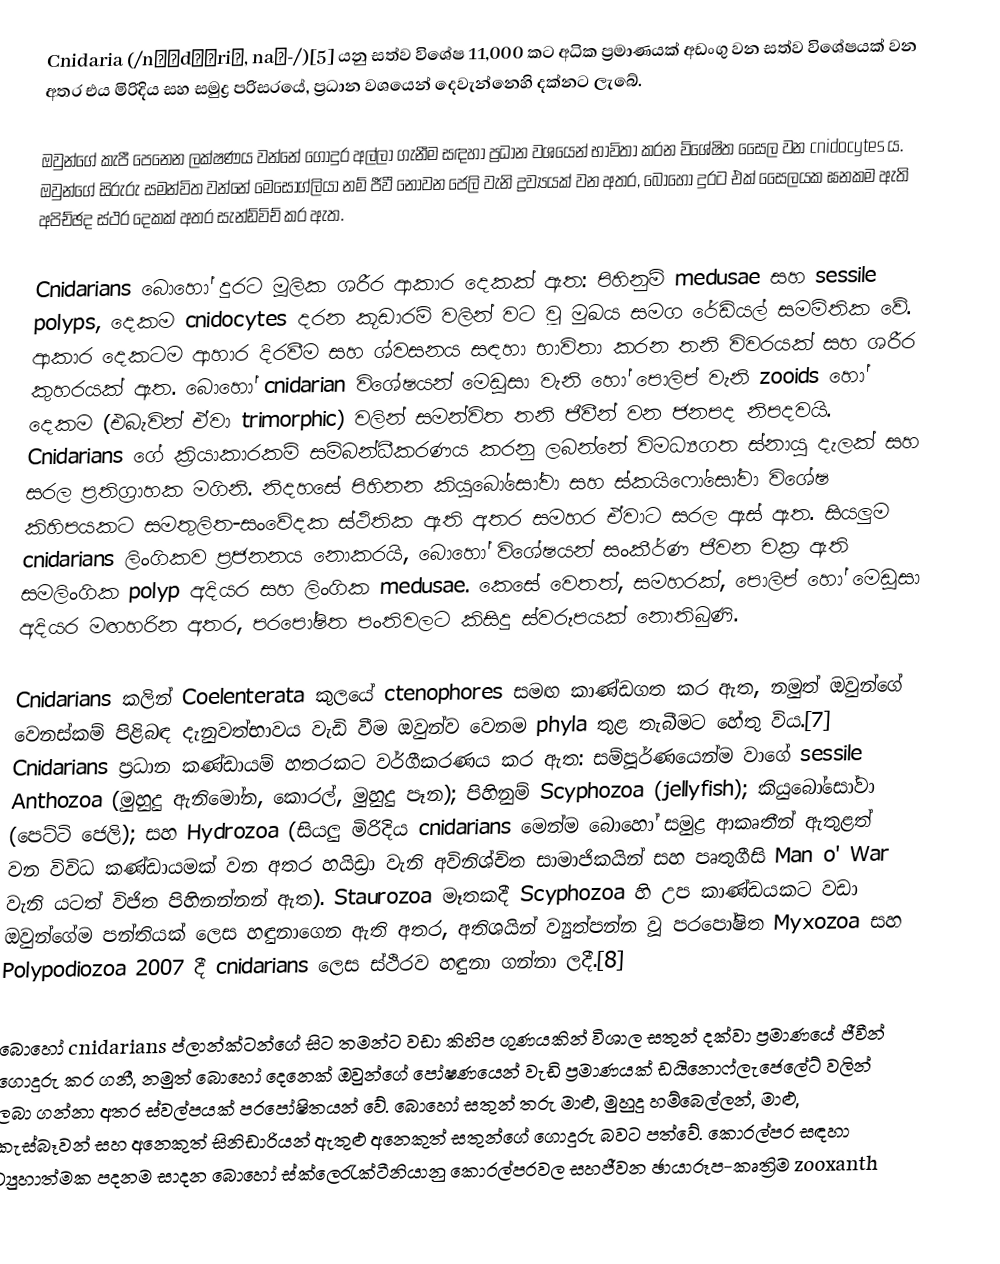
Cnidaria (/nɪˈdɛəriə, naɪ-/)[5] යනු සත්ව විශේෂ 11,000 කට අධික ප්‍රමාණයක් අඩංගු වන සත්ව විශේෂයක් වන අතර එය මිරිදිය සහ සමුද්‍ර පරිසරයේ, ප්‍රධාන වශයෙන් දෙවැන්නෙහි දක්නට ලැබේ.

ඔවුන්ගේ කැපී පෙනෙන ලක්ෂණය වන්නේ ගොදුර අල්ලා ගැනීම සඳහා ප්‍රධාන වශයෙන් භාවිතා කරන විශේෂිත සෛල වන cnidocytes ය. ඔවුන්ගේ සිරුරු සමන්විත වන්නේ මෙසොග්ලියා නම් ජීවී නොවන ජෙලි වැනි ද්‍රව්‍යයක් වන අතර, බොහෝ දුරට එක් සෛලයක ඝනකම ඇති අපිච්ඡද ස්ථර දෙකක් අතර සැන්ඩ්විච් කර ඇත.

Cnidarians බොහෝ දුරට මූලික ශරීර ආකාර දෙකක් ඇත: පිහිනුම් medusae සහ sessile polyps, දෙකම cnidocytes දරන කූඩාරම් වලින් වට වූ මුඛය සමග රේඩියල් සමමිතික වේ. ආකාර දෙකටම ආහාර දිරවීම සහ ශ්වසනය සඳහා භාවිතා කරන තනි විවරයක් සහ ශරීර කුහරයක් ඇත. බොහෝ cnidarian විශේෂයන් මෙඩූසා වැනි හෝ පොලිප් වැනි zooids හෝ දෙකම (එබැවින් ඒවා trimorphic) වලින් සමන්විත තනි ජීවීන් වන ජනපද නිපදවයි. Cnidarians ගේ ක්‍රියාකාරකම් සම්බන්ධීකරණය කරනු ලබන්නේ විමධ්‍යගත ස්නායු දැලක් සහ සරල ප්‍රතිග්‍රාහක මගිනි. නිදහසේ පිහිනන කියුබෝසෝවා සහ ස්කයිෆෝසෝවා විශේෂ කිහිපයකට සමතුලිත-සංවේදක ස්ථිතික ඇති අතර සමහර ඒවාට සරල ඇස් ඇත. සියලුම cnidarians ලිංගිකව ප්‍රජනනය නොකරයි, බොහෝ විශේෂයන් සංකීර්ණ ජීවන චක්‍ර ඇති සමලිංගික polyp අදියර සහ ලිංගික medusae. කෙසේ වෙතත්, සමහරක්, පොලිප් හෝ මෙඩූසා අදියර මඟහරින අතර, පරපෝෂිත පංතිවලට කිසිදු ස්වරූපයක් නොතිබුණි.

Cnidarians කලින් Coelenterata කුලයේ ctenophores සමඟ කාණ්ඩගත කර ඇත, නමුත් ඔවුන්ගේ වෙනස්කම් පිළිබඳ දැනුවත්භාවය වැඩි වීම ඔවුන්ව වෙනම phyla තුළ තැබීමට හේතු විය.[7] Cnidarians ප්‍රධාන කණ්ඩායම් හතරකට වර්ගීකරණය කර ඇත: සම්පූර්ණයෙන්ම වාගේ sessile Anthozoa (මුහුදු ඇනිමෝන, කොරල්, මුහුදු පෑන); පිහිනුම් Scyphozoa (jellyfish); කියුබෝසෝවා (පෙට්ටි ජෙලි); සහ Hydrozoa (සියලු මිරිදිය cnidarians මෙන්ම බොහෝ සමුද්‍ර ආකෘතීන් ඇතුළත් වන විවිධ කණ්ඩායමක් වන අතර හයිඩ්‍රා වැනි අවිනිශ්චිත සාමාජිකයින් සහ පෘතුගීසි Man o' War වැනි යටත් විජිත පිහිනන්නන් ඇත). Staurozoa මෑතකදී Scyphozoa හි උප කාණ්ඩයකට වඩා ඔවුන්ගේම පන්තියක් ලෙස හඳුනාගෙන ඇති අතර, අතිශයින් ව්‍යුත්පන්න වූ පරපෝෂිත Myxozoa සහ Polypodiozoa 2007 දී cnidarians ලෙස ස්ථිරව හඳුනා ගන්නා ලදී.[8]

බොහෝ cnidarians ප්ලාන්ක්ටන්ගේ සිට තමන්ට වඩා කිහිප ගුණයකින් විශාල සතුන් දක්වා ප්‍රමාණයේ ජීවීන් ගොදුරු කර ගනී, නමුත් බොහෝ දෙනෙක් ඔවුන්ගේ පෝෂණයෙන් වැඩි ප්‍රමාණයක් ඩයිනොෆ්ලැජෙලේට් වලින් ලබා ගන්නා අතර ස්වල්පයක් පරපෝෂිතයන් වේ. බොහෝ සතුන් තරු මාළු, මුහුදු හම්බෙල්ලන්, මාළු, කැස්බෑවන් සහ අනෙකුත් සිනිඩාරියන් ඇතුළු අනෙකුත් සතුන්ගේ ගොදුරු බවට පත්වේ. කොරල්පර සඳහා ව්‍යුහාත්මක පදනම සාදන බොහෝ ස්ක්ලෙරැක්ටීනියානු කොරල්පරවල සහජීවන ඡායාරූප-කෘත්‍රිම zooxanth